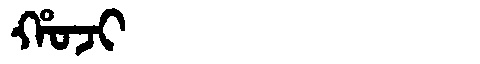
Manchu: ᡥᠣᠵᡳ
Romanization: HOJI